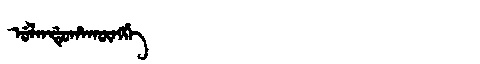
Manchu: ᡠᠯᠠᠨᡩᡠᡥᠠᡴᡡᠩᡤᡝ
Romanization: ULANDUHAKŪNGGE